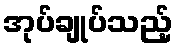
အုပ်ချုပ်သည့်